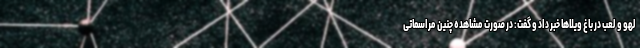
لهو و لعب در باغ ویلاها خبر داد و گفت: در صورت مشاهده چنین مراسماتی